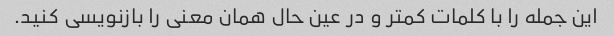
این جمله را با کلمات کمتر و در عین حال همان معنی را بازنویسی کنید.